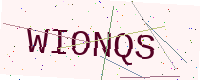
Text: WIONQS